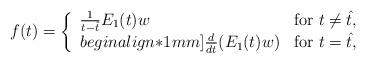
LaTeX: \begin{align*}f(t)=\left\{\begin{array}{ll}{1\over t-\hat t}E_1(t)w&\hbox{for $t\ne\hat t$},\\begin{align*}1mm]{d\over dt}(E_1(t)w)&\hbox{for $t=\hat t$} ,\end{array}\right.\end{align*}